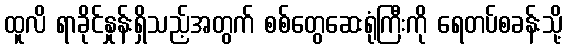
ထူလိ ရာခိုင်နှုန်းရှိသည့်အတွက် စစ်တွေဆေးရုံကြီးကို ရေတပ်စခန်းသို့